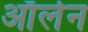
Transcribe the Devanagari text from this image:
ऑर्लन